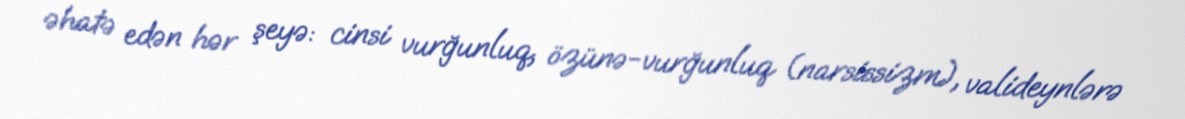
əhatə edən hər şeyə: cinsi vurğunluq, özünə-vurğunluq (narsissizm), valideynlərə